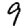
Digit: 9